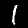
Label: 1